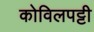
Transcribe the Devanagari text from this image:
कोविलपट्टी